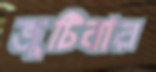
জুটিবার